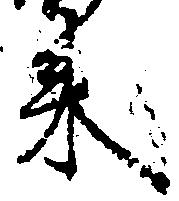
来